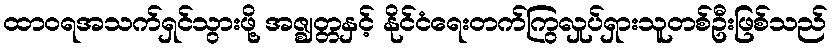
ထာဝရအသက်ရှင်သွားဖို့ အဇ္ဈတ္တနှင့် နိုင်ငံရေးတက်ကြွလှုပ်ရှားသူတစ်ဦးဖြစ်သည်